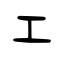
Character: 工